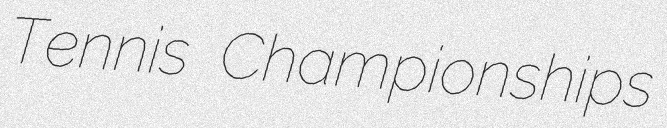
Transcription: Tennis Championships